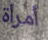
أمرأة